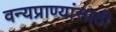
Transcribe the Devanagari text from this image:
वन्यप्राण्यांसाठी